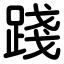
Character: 踐